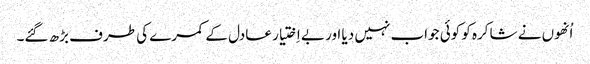
اُنھوں نے شاکرہ کو کوئی جواب نہیں دیا اور بے اِختیار عادل کے کمرے کی طرف بڑھ گئے۔